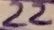
Text: 22